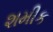
શમીક